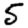
Digit: 5